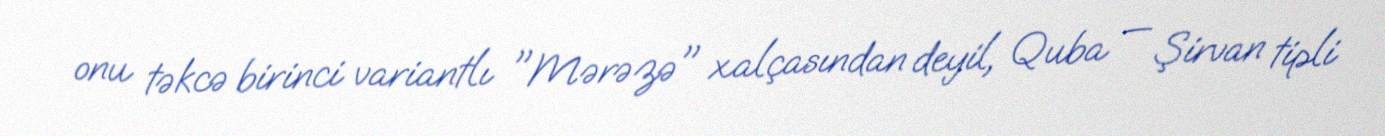
onu təkcə birinci variantlı "Mərəzə" xalçasından deyil, Quba — Şirvan tipli